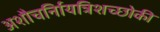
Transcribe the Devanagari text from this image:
अशौचर्निायत्रिशच्छोकी